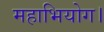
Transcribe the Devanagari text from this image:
महाभियोग।